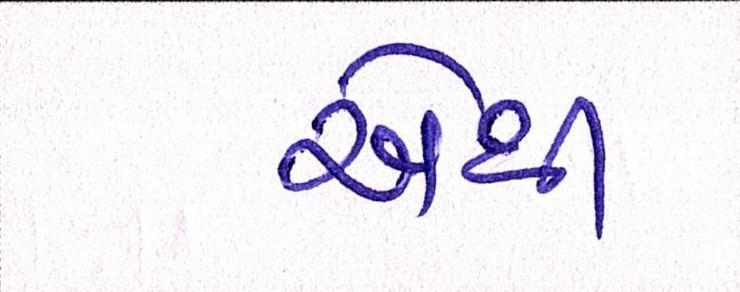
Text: એથી